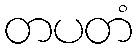
တပတံ